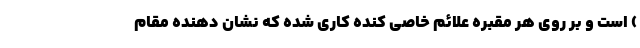
) است و بر روی هر مقبره علائم خاصی کنده کاری شده که نشان دهنده مقام